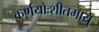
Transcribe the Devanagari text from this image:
कर्णयोःशीतमायु